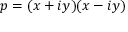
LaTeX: p = ( x + i y ) ( x - i y )